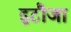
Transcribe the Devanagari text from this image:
इटौजा